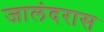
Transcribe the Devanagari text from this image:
जालंदरास